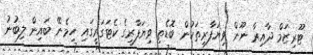
ޓޫރިޒަމް ދާއިރާ ނޫން ވިޔަފާރިތަކުން ބޮޑެތި ވިޔަފާރީގެ ކެޓަގަރީގައި ހިމެނޭ ބައިން ލިބުނު